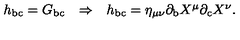
\begin{array} { c c c } { h _ { \mathrm { b c } } = G _ { \mathrm { b c } } } & { \Rightarrow } & { h _ { \mathrm { b c } } = \eta _ { \mu \nu } \partial _ { \mathrm { b } } X ^ { \mu } \partial _ { \mathrm { c } } X ^ { \nu } . } \\ \end{array}